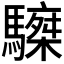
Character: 𩦆